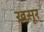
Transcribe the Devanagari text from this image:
ख़सूर